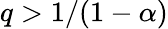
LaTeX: q>1/(1-\alpha)